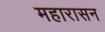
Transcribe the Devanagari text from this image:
महारासन